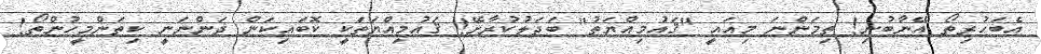
އެބަހުރިތޯ އޭނާބުނި! ތިމަންނަ މިއައީ "ޤައުމިއްޔަތު" ބަދަލުކުރާށޭ! ޤައުމިއްޔަތަކީ ކޮބައިކަން ދަންނަނީ ކިތަންމީހުންތޯ!